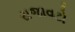
સજાવટો